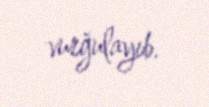
vurğulayıb.